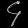
Digit: ၄